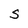
Character: S